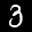
Label: 3